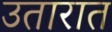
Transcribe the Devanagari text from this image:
उतारात